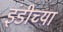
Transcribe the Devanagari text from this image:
इंडीच्या